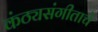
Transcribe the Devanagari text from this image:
कंठ्यसंगीताचे